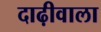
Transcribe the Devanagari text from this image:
दाढ़ीवाला